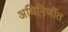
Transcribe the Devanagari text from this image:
अधिनिर्णीत